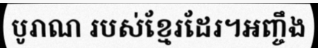
បូរាណ របស់ខ្មែរដែរ។អញ្ចឹង